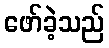
ဖော်ခဲ့သည်